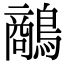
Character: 𪄲